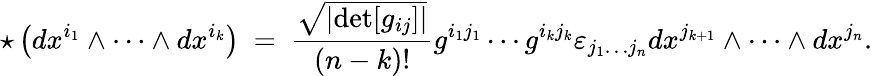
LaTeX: \star\left(dx^{i_{1}}\wedge\dots\wedge dx^{i_{k}}\right)\ =\ {\frac{\sqrt{\left|\operatorname*{det}[g_{ij}]\right|}}{(n-k)!}}g^{i_{1}j_{1}}\cdots g^{i_{k}j_{k}}\varepsilon_{j_{1}\dots j_{n}}dx^{j_{k+1}}\wedge\dots\wedge dx^{j_{n}}.